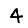
Digit: 4